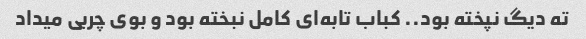
ته دیگ نپخته بود.. کباب تابه‌ای کامل نبخته بود و بوی چربی میداد